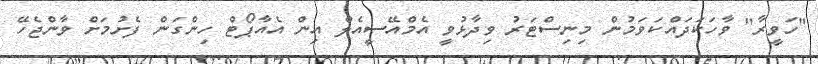
"ހަވީރާ" ވާހަކަދައްކަވަމުން މިނިސްޓަރު ވިދާޅުވީ އެމްއޭސީއެލް އިން އެއާޕޯޓް ހިންގަން ފެށުމަށް ވާންޖެހޭ